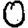
Digit: 0